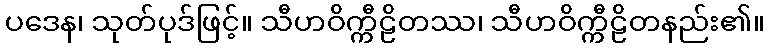
ပဒေန၊ သုတ်ပုဒ်ဖြင့်။ သီဟဝိက္ကီဠိတဿ၊ သီဟဝိက္ကီဠိတနည်း၏။